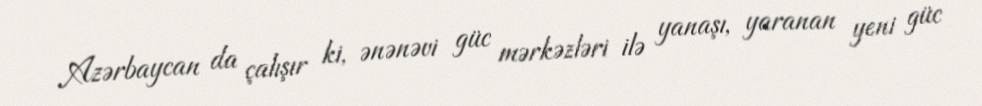
Azərbaycan da çalışır ki, ənənəvi güc mərkəzləri ilə yanaşı, yaranan yeni güc